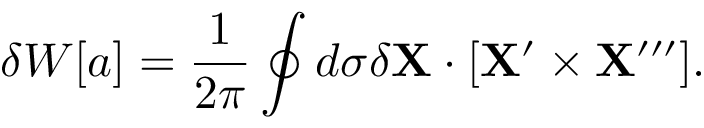
\delta W [ a ] = \frac { 1 } { 2 \pi } \oint d \sigma \delta { \bf X } \cdot [ { \bf X } ^ { \prime } \times { \bf X } ^ { \prime \prime \prime } ] .